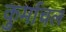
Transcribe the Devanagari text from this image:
कुर्माचल